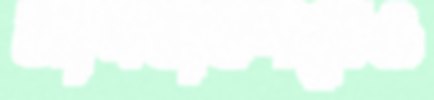
আসবাবপত্রেও